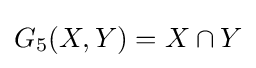
G_{5}(X,Y)=X\cap Y